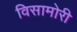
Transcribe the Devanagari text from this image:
विसामोरी